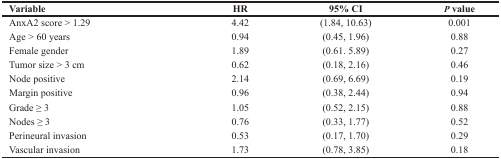
<table><thead><tr><td><b>Variable</b></td><td><b>HR</b></td><td><b>95% CI</b></td><td><b><i>P</i> value</b></td></tr></thead><tbody><tr><td>AnxA2 score &gt; 1.29</td><td>4.42</td><td>(1.84, 10.63)</td><td>0.001</td></tr><tr><td>Age &gt; 60 years</td><td>0.94</td><td>(0.45, 1.96)</td><td>0.88</td></tr><tr><td>Female gender</td><td>1.89</td><td>(0.61. 5.89)</td><td>0.27</td></tr><tr><td>Tumor size &gt; 3 cm</td><td>0.62</td><td>(0.18, 2.16)</td><td>0.46</td></tr><tr><td>Node positive</td><td>2.14</td><td>(0.69, 6.69)</td><td>0.19</td></tr><tr><td>Margin positive</td><td>0.96</td><td>(0.38, 2.44)</td><td>0.94</td></tr><tr><td>Grade ≥ 3</td><td>1.05</td><td>(0.52, 2.15)</td><td>0.88</td></tr><tr><td>Nodes ≥ 3</td><td>0.76</td><td>(0.33, 1.77)</td><td>0.52</td></tr><tr><td>Perineural invasion</td><td>0.53</td><td>(0.17, 1.70)</td><td>0.29</td></tr><tr><td>Vascular invasion</td><td>1.73</td><td>(0.78, 3.85)</td><td>0.18</td></tr></tbody></table>